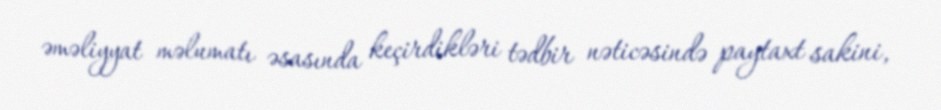
əməliyyat məlumatı əsasında keçirdikləri tədbir nəticəsində paytaxt sakini,